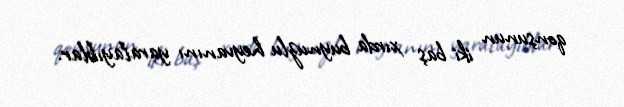
qonşunun iki baş xırda buynuzlu heyvanını yaralayıblar.